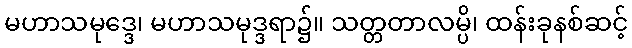
မဟာသမုဒ္ဒေ၊ မဟာသမုဒ္ဒရာ၌။ သတ္တတာလမ္ပိ၊ ထန်းခုနစ်ဆင့်